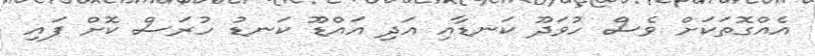
އެއްގޮތަކަށް ވެސް ހުވަދޫ ކަނޑާއި އަދި އައްޑޫ ކަނޑު ހުރަސް ކޮށް ފައި